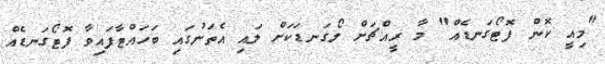
"މިއީ ކޮން ފޮޓޯގަނޑެއް" މާ ރީއްޗަށް ލޯގަނޑަކަށް ލައި އެތަނުގައި ބަހައްޓާފައިވާ ފޮޓޯގަނޑެއް